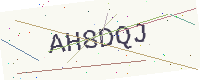
Text: AH8DQJ